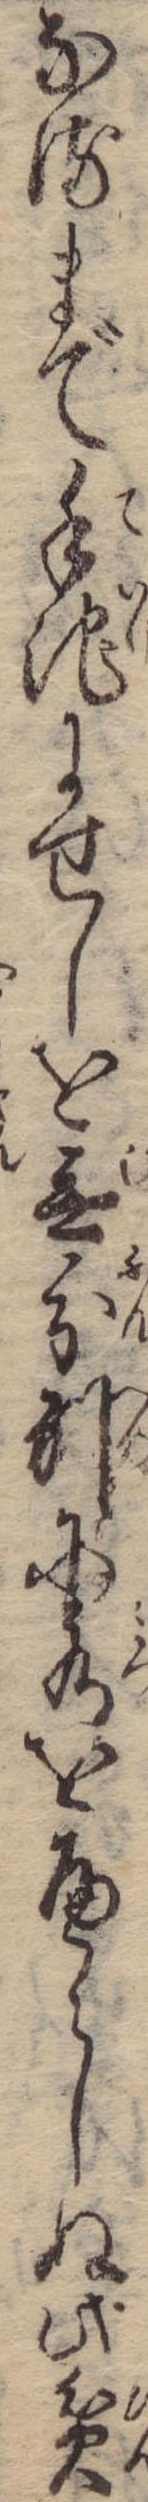
なるまで手池にせしを無分別に水をへらしぬ此貧